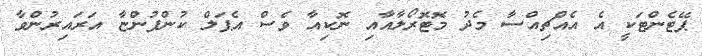
ޕޭޓެންޓަކީ އެ އެއްޗިއްސާ މެދު މޮޓޮރޯލާއާއި ނޮކިއާ ވެސް އެޕަލް ކުންފުންޏާ އަރައިރުންވާ